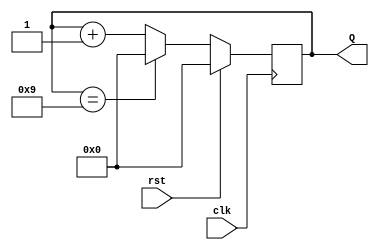
module decade_counter (
    input wire clk,        // Clock input
    input wire rst,        // Reset input
    output reg [3:0] Q     // 4-bit output representing the count value
);

// Synchronous process for counting
always @(posedge clk) begin
    if (rst) begin
        Q <= 4'b0000;      // Reset the counter to 0
    end else begin
        if (Q == 4'b1001)  // If the counter is 9
            Q <= 4'b0000;  // Reset to 0
        else
            Q <= Q + 1;    // Increment the counter
    end
end

endmodule